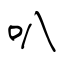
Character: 叭